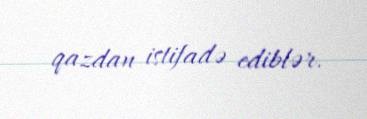
qazdan istifadə ediblər.